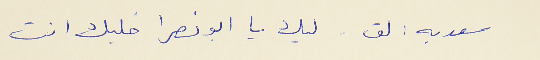
سعديه : لق . ليك يا ابو نصرا خليك انت